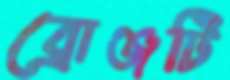
ব্রোঞ্জটি